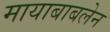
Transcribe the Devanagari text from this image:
मायाबाबलेन